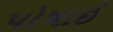
પોષાઇ